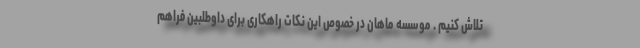
تلاش کنیم . موسسه ماهان در خصوص این نکات راهکاری برای داوطلبین فراهم